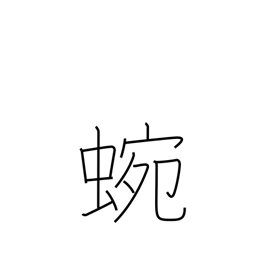
Meaning: meandering